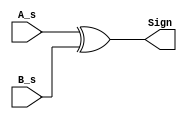
module Sign_Unit  (A_s,B_s,Sign);
  input A_s,B_s; 
  output Sign;
  
  assign Sign=A_s^B_s;
  
endmodule